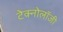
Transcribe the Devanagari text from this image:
टेक्नोलाॅजी